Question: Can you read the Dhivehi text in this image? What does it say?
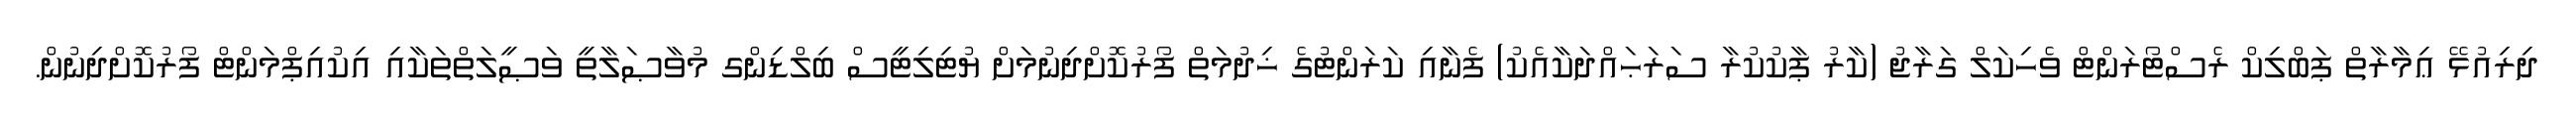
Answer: ދިރިއުޅޭ ޢިމާރާތް ޕަބްލިކް ރެސްޓޯރަންޓް ވެހިކަލް ގަރާޖު (ކާރު ޕާކުކުރާ ސަރަޙައްދަކާއެކު) ފެނާއި ކަރަންޓުގެ ޚިދުމަތް ފޯރުކޮށްދިނުމަށް ޔުޓިލިޓީސް ބިލްޑިންގ މުވާޞަލާތީ ވަޞީލަތްތަކާއި އިކުއިޕްމަންޓް ފޯރުކޮށްދިނުން.